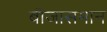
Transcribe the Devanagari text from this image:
बीजासमान